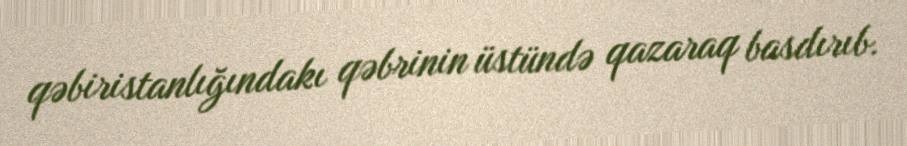
qəbiristanlığındakı qəbrinin üstündə qazaraq basdırıb.